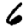
Digit: 6